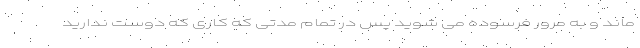
ماند و به مرور فرسوده می شوید پس در تمام مدتی که کاری که دوست ندارید